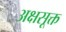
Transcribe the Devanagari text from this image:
अक्षसूक्त